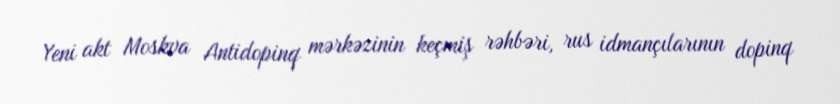
Yeni akt Moskva Antidopinq mərkəzinin keçmiş rəhbəri, rus idmançılarının dopinq